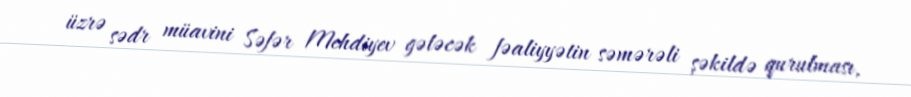
üzrə sədr müavini Səfər Mehdiyev gələcək fəaliyyətin səmərəli şəkildə qurulması,